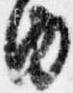
内